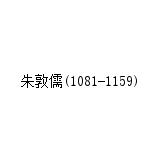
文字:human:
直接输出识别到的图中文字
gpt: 朱敦儒(1081-1159)